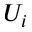
U _ { i }